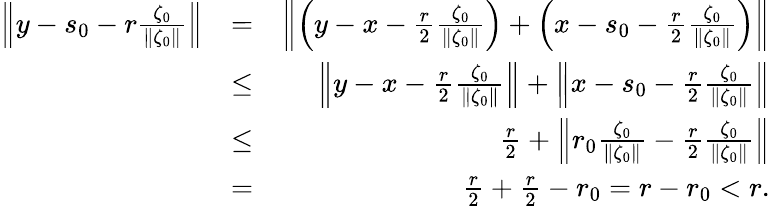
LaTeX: \begin{array}{rlr}{\left\| y-s_{0}-r\frac{\zeta_{0}}{\| \zeta_{0}\| }\right\| }&{=}&{\left\| \left(y-x-\frac{r}{2}\frac{\zeta_{0}}{\| \zeta_{0}\| }\right)+\left(x-s_{0}-\frac{r}{2}\frac{\zeta_{0}}{\| \zeta_{0}\| }\right)\right\| }\\ &{\leq}&{\left\| y-x-\frac{r}{2}\frac{\zeta_{0}}{\| \zeta_{0}\| }\right\| +\left\| x-s_{0}-\frac{r}{2}\frac{\zeta_{0}}{\| \zeta_{0}\| }\right\| }\\ &{\leq}&{\frac{r}{2}+\left\| r_{0}\frac{\zeta_{0}}{\| \zeta_{0}\| }-\frac{r}{2}\frac{\zeta_{0}}{\| \zeta_{0}\| }\right\| }\\ &{=}&{\frac{r}{2}+\frac{r}{2}-r_{0}=r-r_{0}<r.}\end{array}